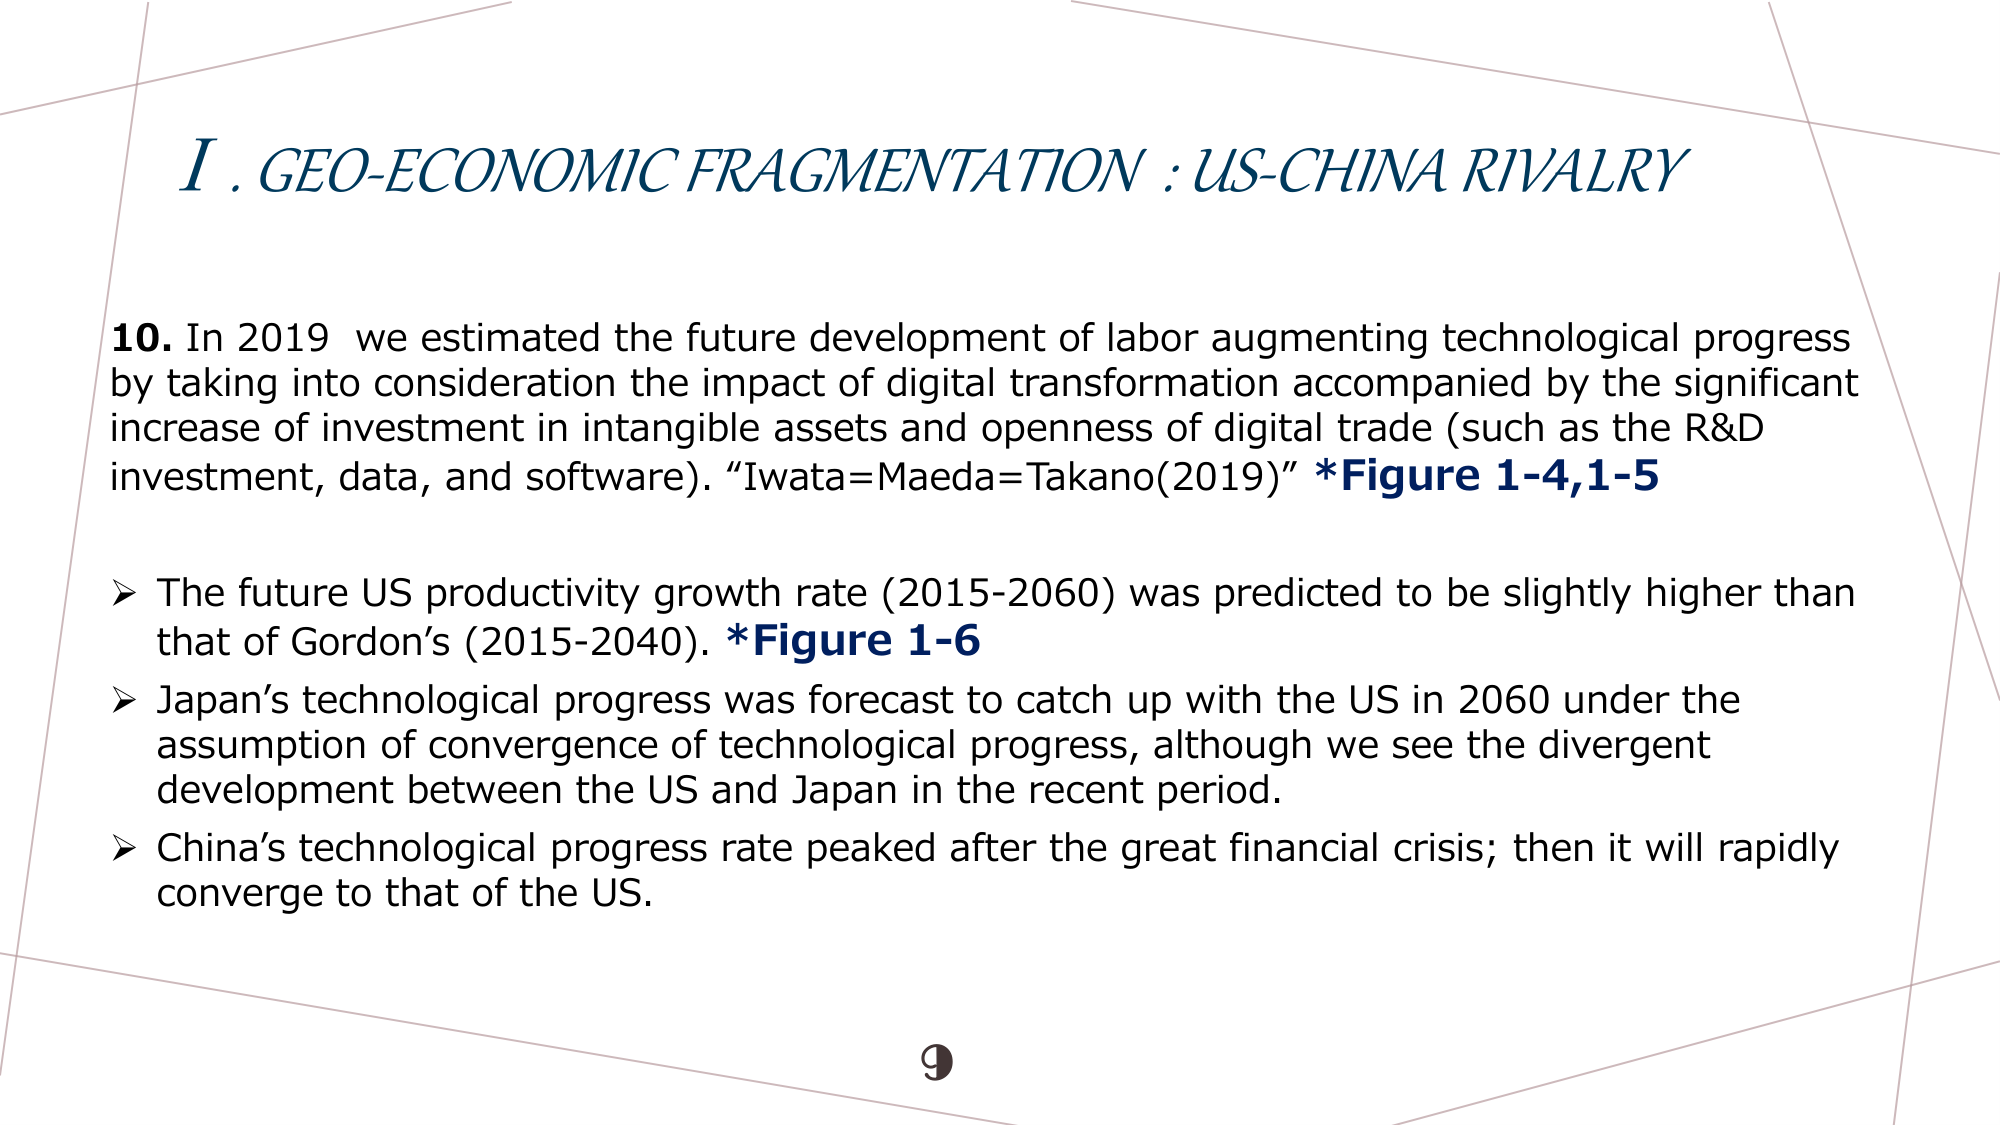
I. GEO-ECONOMIC FRAGMENTATION : US-CHINA RIVALRY

10. In 2019 we estimated the future development of labor augmenting technological progress by taking into consideration the impact of digital transformation accompanied by the significant increase of investment in intangible assets and openness of digital trade (such as the R&D investment, data, and software). "Iwata=Maeda=Takano(2019)" *Figure 1-4,1-5

➤ The future US productivity growth rate (2015-2060) was predicted to be slightly higher than that of Gordon’s (2015-2040). *Figure 1-6

➤ Japan’s technological progress was forecast to catch up with the US in 2060 under the assumption of convergence of technological progress, although we see the divergent development between the US and Japan in the recent period.

➤ China’s technological progress rate peaked after the great financial crisis; then it will rapidly converge to that of the US.

9